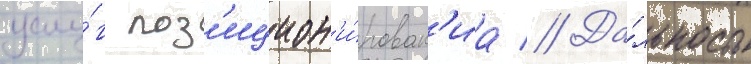
услу́г поз'ицион'и́рован'иа // Да́льность